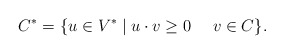
\begin{align*}C^* = \{ u\in V^* \mid u\cdot v \ge 0 \quad~v\in C \} .\end{align*}